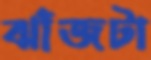
ঝাঁজটা